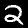
Digit: 2